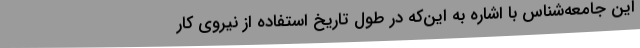
این جامعه‌شناس با اشاره به این‌که در طول تاریخ استفاده از نیروی کار